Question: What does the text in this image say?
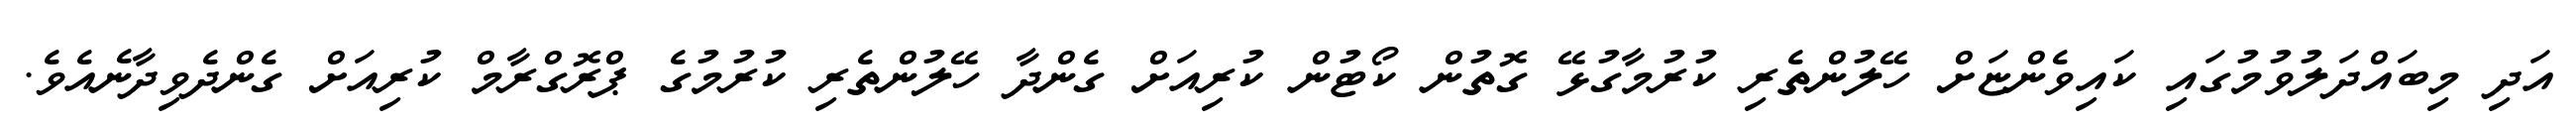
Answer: އަދި މިބައްދަލުވުމުގައި ކައިވެންޏަށް ހޭލުންތެރި ކުރުމާގުޅޭ ގޮތުން ކޯޓުން ކުރިއަށް ގެންދާ ހޭލުންތެރި ކުރުމުގެ ޕްރޮގްރާމް ކުރިއަށް ގެންދެވިދާނެއެވެ.